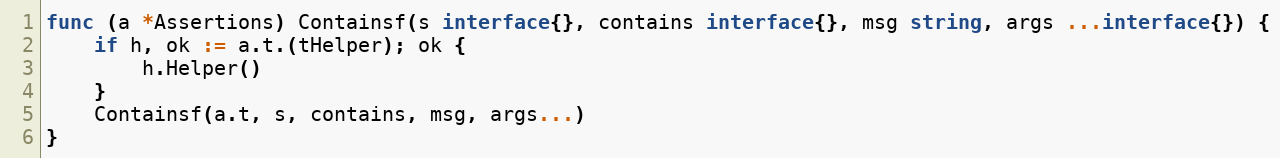
Language: Go
func (a *Assertions) Containsf(s interface{}, contains interface{}, msg string, args ...interface{}) {
	if h, ok := a.t.(tHelper); ok {
		h.Helper()
	}
	Containsf(a.t, s, contains, msg, args...)
}